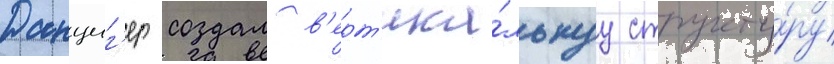
Данциг'ер создал в'ерт'ика́льнуу структу́ру